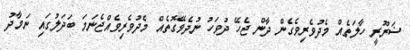
ޟަރޫރީ ހާލަތެއް މެދުވެރިވެގެން ދާން ޖެހޭ ދުވަހު ނުދެވޭގޮތެއް މެދުވެރިވެއްޖެނަމަ ބަދަލުގައި ނަމާދު